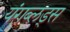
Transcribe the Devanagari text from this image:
यंगब्लड्स